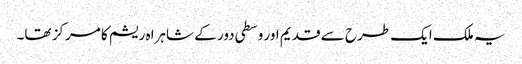
یہ ملک ایک طرح سے قدیم اور وسطی دور کے شاہراہ ریشم کا مرکز تھا۔